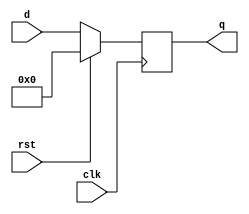
`timescale 1ns / 1ps
//////////////////////////////////////////////////////////////////////////////////
// Company: 
// Engineer: 
// 
// Design Name: 
// Module Name: m_bit_reg
// Project Name: 
// Target Devices: 
// Tool Versions: 
// Description: 
// 
// Dependencies: 
// 
// Revision:
// Revision 0.01 - File Created
// Additional Comments:
// 
//////////////////////////////////////////////////////////////////////////////////


module m_bit_reg(d, clk, rst, q);

parameter M = 16;

input [M-1:0] d;
input clk;
input rst;
output reg [M-1:0] q;

always @(posedge clk)
begin
    if (rst)
        q <= 0;
    else
        q <= d;
end

endmodule